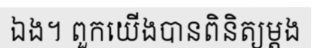
ឯង។ ពួកយើងបានពិនិត្យម្តង